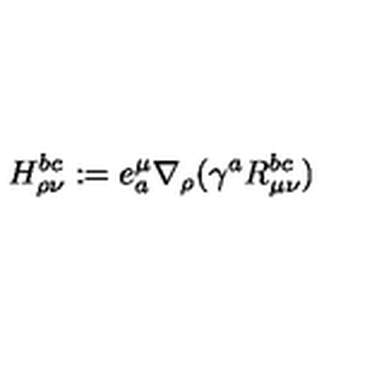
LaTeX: H _ { \rho \nu } ^ { b c } : = e _ { a } ^ { \mu } \nabla _ { \rho } ( \gamma ^ { a } R _ { \mu \nu } ^ { b c } )